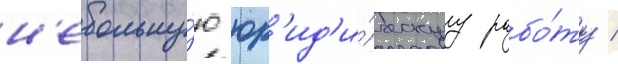
н'ебольшу́ю юр'ид'и́ческуу рабо́ту /